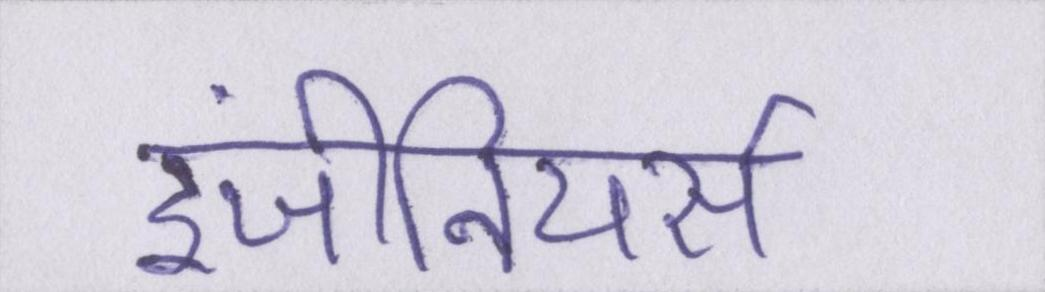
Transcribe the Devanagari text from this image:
इंजीनियर्स